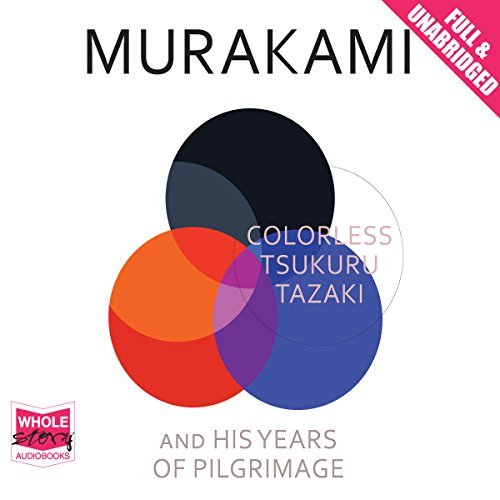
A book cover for Colorless Tsukuru Tazaki and His Years of Pilgrimage; Haruki Murakami; Science Fiction & Fantasy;